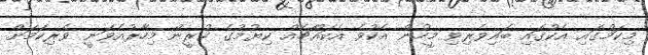
މިކަމުގައި އެކުގައި ބައިވެރިވި މީހުން އެކުވެ އެކައްޗެއް ކިޔުމުގެ ކުރީން މިހާރުއެވަނީ ވެރިކަމަށް